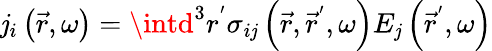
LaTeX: \mathit{j}_{i}\left(\vec{{r}},\omega\right)=\intd^{3}r^{^{\prime}}\sigma_{i\mathit{j}}\left(\vec{{r}},\vec{{r}}^{^{\prime}},\omega\right)E_{\mathit{j}}\left(\vec{{r}}^{^{\prime}},\omega\right)